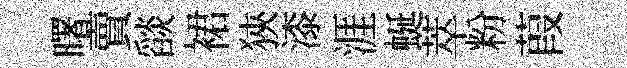
曙賣𦦨裙狹漆涯蜒萃粉葭